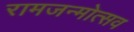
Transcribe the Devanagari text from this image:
रामजन्मोत्सव